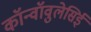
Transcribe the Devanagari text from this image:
कॉन्वॉवुलेसिई